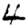
Digit: 4